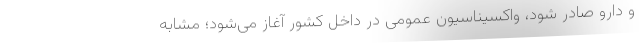
و دارو صادر شود، واکسیناسیون عمومی در داخل کشور آغاز می‌شود؛ مشابه